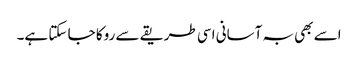
اسے بھی بہ آسانی اسی طریقے سے روکا جا سکتا ہے۔